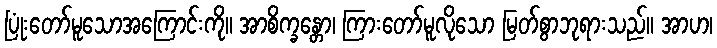
ပြုံးတော်မူသောအကြောင်းကို။ အာစိက္ခန္တော၊ ကြားတော်မူလိုသော မြတ်စွာဘုရားသည်။ အာဟ၊